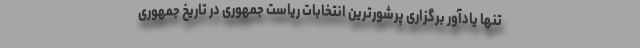
تنها یادآور برگزاری پرشورترین انتخابات ریاست جمهوری در تاریخ جمهوری